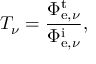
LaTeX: T _ { \nu } = { \frac { \Phi _ { \mathrm { e } , \nu } ^ { \mathrm { t } } } { \Phi _ { \mathrm { e } , \nu } ^ { \mathrm { i } } } } ,